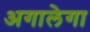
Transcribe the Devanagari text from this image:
अगालेगा